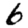
Digit: 6